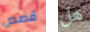
قصص هل